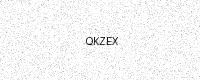
Text: QKZEX